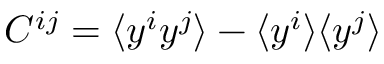
C ^ { i j } = \langle y ^ { i } y ^ { j } \rangle - \langle y ^ { i } \rangle \langle y ^ { j } \rangle